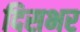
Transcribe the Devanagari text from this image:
दिसभर